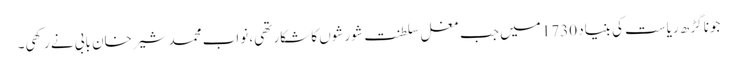
جونا گڑھ ریاست کی بنیاد 1730 میں جب مغل سلطنت شورشوں کا شکار تھی، نواب محمد شیرخان بابی نے رکھی۔